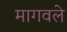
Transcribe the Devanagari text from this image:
मागवले